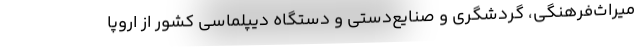
میراث‌فرهنگی، گردشگری و صنایع‌دستی و دستگاه دیپلماسی کشور از اروپا